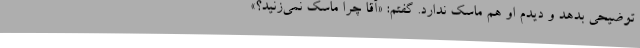
توضیحی بدهد و دیدم او هم ماسک ندارد. گفتم: «آقا چرا ماسک نمی‌زنید؟»